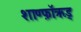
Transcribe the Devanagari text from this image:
शाण्फ़ॉऋड्